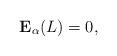
LaTeX: \begin{align*}\bold{E}_{\alpha}(L)=0,\end{align*}